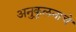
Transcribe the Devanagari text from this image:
अनुकुलनाचे